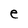
Character: e